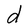
Character: d